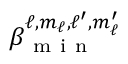
\beta _ { \mathrm { ~ m ~ i ~ n ~ } } ^ { \ell , m _ { \ell } , \ell ^ { \prime } , m _ { \ell } ^ { \prime } }